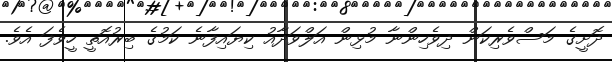
ދޮށީގެ މަސްވެރިކަން ދިވެހިންނާ މުޅިން އަލްވަދާއު ކިޔައިފާނެ ކަމުގެ ބިރުއޮތީ ހީވެފަ އެވެ.